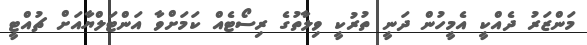
މަންޒަރު ދެއްކީ އެމީހުން ދަނީ ތުރުކީ ވިލާތުގެ ރިސޯޓެއް ކަމަށްވާ އަންޓަލްޔާއަށް ޗުއްޓީ